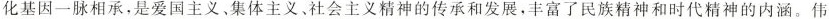
化基因一脉相承，是爱国主义、集体主义、社会主义精神的传承和发展，丰富了民族精神和时代精神的内涵。伟